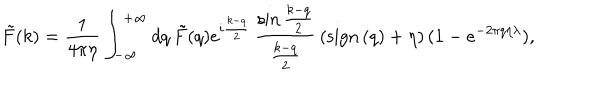
\tilde { F } ( k ) = { \frac { 1 } { 4 \pi \eta } } \int _ { - \infty } ^ { + \infty } d q \, \tilde { F } ( q ) e ^ { i { \frac { k - q } { 2 } } } \, { \frac { \sin { \frac { k - q } { 2 } } } { \frac { k - q } { 2 } } } \, ( \mathrm { s i g n } \, ( q ) + \eta ) \, ( 1 - e ^ { - 2 \pi q \eta \lambda } ) ,